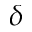
\delta